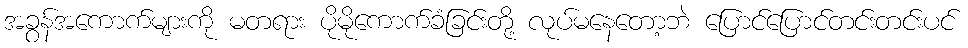
အခွန်အကောက်များကို မတရား ပိုမိုကောက်ခံခြင်းတို့ လုပ်မနေတော့ဘဲ ပြောင်ပြောင်တင်းတင်းပင်